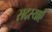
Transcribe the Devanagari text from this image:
सदस्याएँ